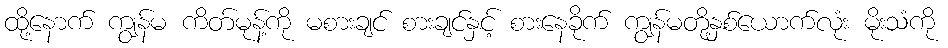
ထို့နောက် ကျွန်မ ကိတ်မုန့်ကို မစားချင် စားချင်နှင့် စားနေခိုက် ကျွန်မတို့နှစ်ယောက်လုံး မိုးသံကို